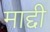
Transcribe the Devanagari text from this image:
माद्दी